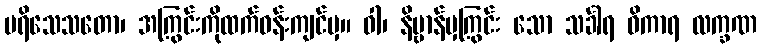
ပရိသေသတော၊ အကြွင်းကိုထက်ဝန်းကျင်မှ။ ဝါ၊ နိဗ္ဗာန်မှကြွင်း သော သင်္ခါရ ဝိကာရ လက္ခဏ